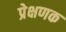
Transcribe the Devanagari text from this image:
प्रेक्षणक